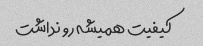
کیفیت همیشه رو نداشت